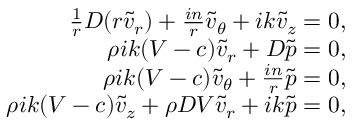
\begin{array} { r } { \frac { 1 } { r } D ( r \tilde { v } _ { r } ) + \frac { i n } { r } \tilde { v } _ { \theta } + i k \tilde { v } _ { z } = 0 , } \\ { \rho i k ( V - c ) \tilde { v } _ { r } + D \tilde { p } = 0 , } \\ { \rho i k ( V - c ) \tilde { v } _ { \theta } + \frac { i n } { r } \tilde { p } = 0 , } \\ { \rho i k ( V - c ) \tilde { v } _ { z } + \rho D V \tilde { v } _ { r } + i k \tilde { p } = 0 , } \end{array}